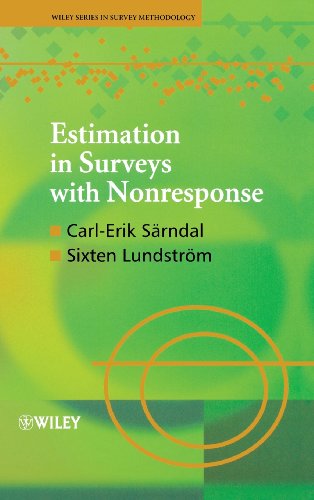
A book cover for Estimation in Surveys with Nonresponse; Carl-Erik SÃ¤rndal; Science & Math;